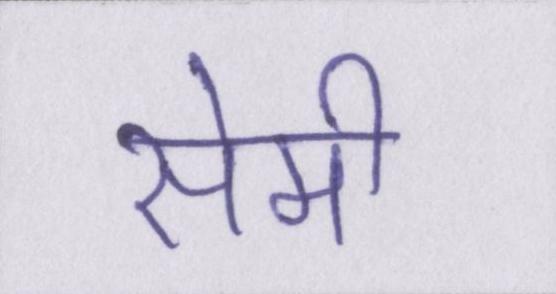
सेमी